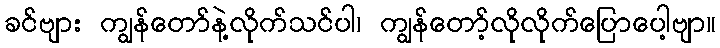
ခင်ဗျား ကျွန်တော်နဲ့လိုက်သင်ပါ၊ ကျွန်တော့်လိုလိုက်ပြောပေါ့ဗျာ။